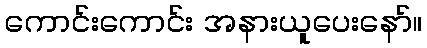
ကောင်းကောင်း အနားယူပေးနော်။